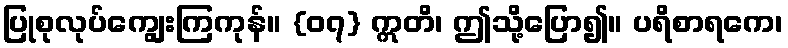
ပြုစုလုပ်ကျွေးကြကုန်။ {၀၇} ဣတိ၊ ဤသို့ပြော၍။ ပရိစာရကေ၊